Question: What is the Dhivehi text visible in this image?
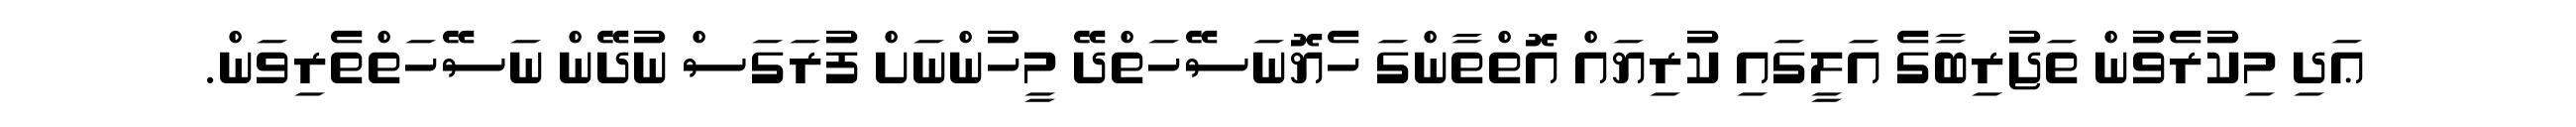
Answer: ޢަދި މިކުރެވުން ތަޖުރިބާގެ އަލީގައި ކުރިޔައް އޮތްތާންގަ ހެޔޮނަސޭހަތްދޭ މީހުންނަށް ފުރަގަސް ނުދޭން ނަސޭހަތްތެރިވަން.